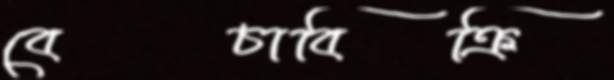
বেচাবিক্রি